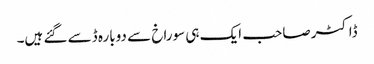
ڈاکٹر صاحب ایک ہی سوراخ سے دوبارہ ڈسے گئے ہیں۔